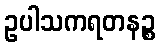
ဥပါသကရတနဉ္စ